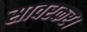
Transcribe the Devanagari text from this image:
सावरकर।